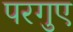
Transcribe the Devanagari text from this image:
परगुए